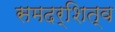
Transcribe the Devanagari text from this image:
समदर्शित्व